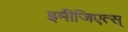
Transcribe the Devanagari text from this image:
इमीजिएत्स्